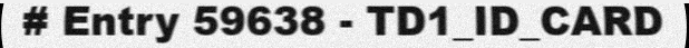
# Entry 59638 - TD1_ID_CARD